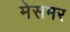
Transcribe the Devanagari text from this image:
मेसमर